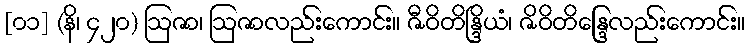
[၀၁] (နိ၊ ၄၂၀) ဩဇာ၊ ဩဇာလည်းကောင်း။ ဇီဝိတိန္ဒြိယံ၊ ဇိဝိတိန္ဒြေလည်းကောင်း။